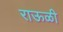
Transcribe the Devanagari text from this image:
राऊळी